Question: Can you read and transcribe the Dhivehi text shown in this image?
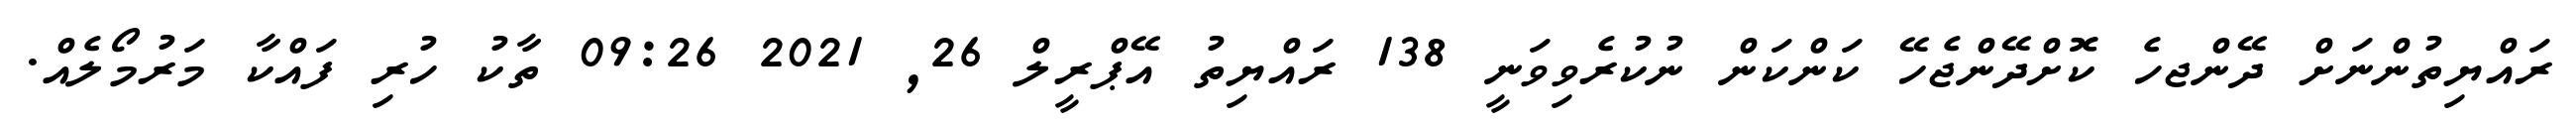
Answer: ރައްޔިތުންނަށް ދޭންޖހެ ކޮށްދޭންޖެހޭ ކަންކަން ނުކުރެވިވަނީ 138 ރައްޔިތު އޭޕްރީލް 26, 2021 09:26 ތާކު ހުރި ފައްކާ މަރުމޯލެއް.